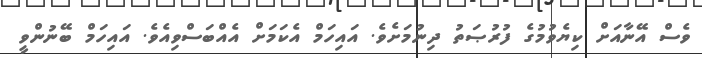
ވެސް އޭނާއަށް ކިޔެވުމުގެ ފުރުޞަތު ދިނުމަށެވެ. އައިހަމް އެކަމަށް އެއްބަސްވިއެވެ. އައިހަމް ބޭނުންވީ